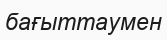
бағыттаумен